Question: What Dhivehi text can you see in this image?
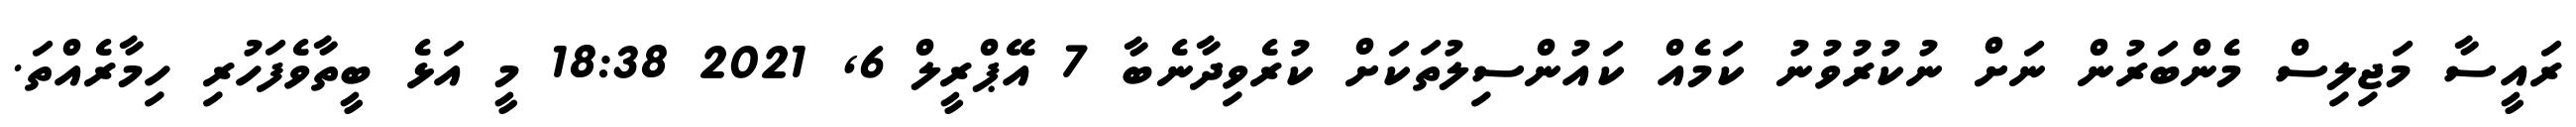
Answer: ރައީސާ މަޖިލިސް މެންބަރުން ނަށް ނުކުރުވުނު ކަމެއް ކައުންސިލުތަކަށް ކުރެވިދާނެބާ 7 އޭޕްރީލް 6, 2021 18:38 މީ އަޅެ ބީތާވެފަހުރި ހިމާރެއްތަ.